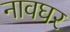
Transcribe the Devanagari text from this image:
नावघर